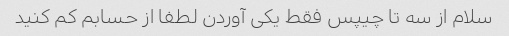
سلام از سه تا چیپس فقط یکی آوردن لطفا از حسابم کم کنید